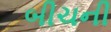
બીચની